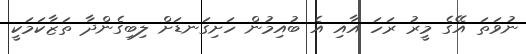
ނުވަތަ އޭގެ މީރު ރަހަ އާއި އެ ބުއިމުން ހަށިގަނޑަށް ލިބިގެންދާ ތަޒާކަމަކީ